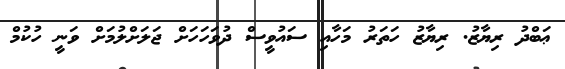
ޢަބްދު ރިޔާޒު. ރިޔާޒު ހަތަރު މަހާއި ސައުވީސް ދުވަހަހަށް ޖަލަށްލުމަށް ވަނީ ހުކުމް